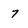
Character: 7